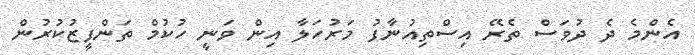
އެންމެ ދެ ދުވަސް ތެރޭ އިސްތިއުނާފު މަރުހަލާ އިން ވަނީ ހުކުމް ތަންފީޒުކުރުން